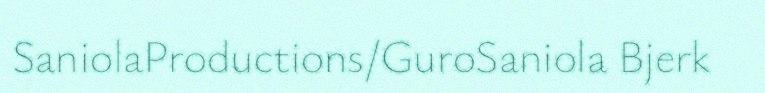
SaniolaProductions/GuroSaniola Bjerk